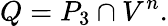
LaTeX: Q=P_{3}\cap V^{n}.